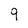
Character: q